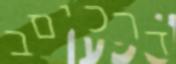
דרכיםב